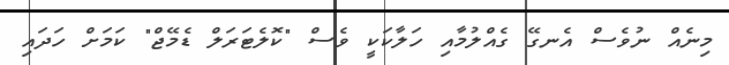
މިނެއް ނުވެސް އެނގޭ ގެއްލުމާއި ހަލާކަކީ ވެސް "ކޮލެޓަރަލް ޑެމޭޖް" ކަމަށް ހަދައި